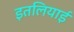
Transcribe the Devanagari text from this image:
इतलियाई